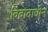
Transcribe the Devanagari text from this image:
विवादाधीन